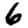
Digit: 6